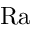
\mathrm { R a }